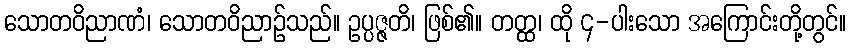
သောတဝိညာဏံ၊ သောတဝိညာဉ်သည်။ ဥပ္ပဇ္ဇတိ၊ ဖြစ်၏။ တတ္ထ၊ ထို ၄-ပါးသော အကြောင်းတို့တွင်။